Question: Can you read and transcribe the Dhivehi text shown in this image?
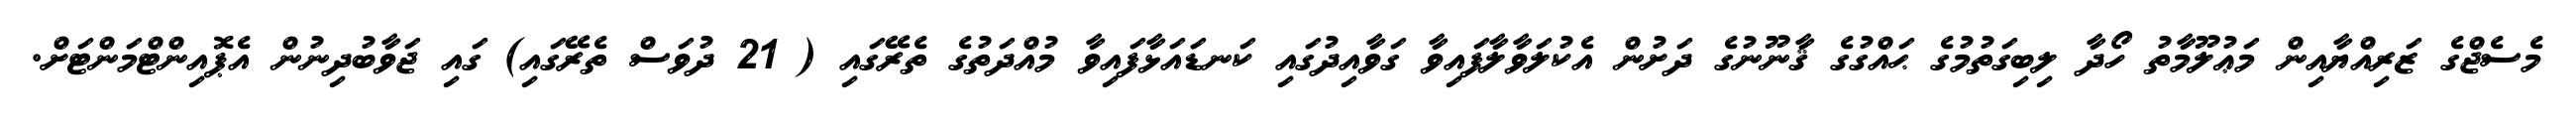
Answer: މެސެޖްގެ ޒަރިއްޔާއިން މަޢުލޫމާތު ހޯދާ ލިބިގަތުމުގެ ޙައްގުގެ ޤާނޫނުގެ ދަށުން އެކުލަވާލާފައިވާ ގަވާއިދުގައި ކަނޑައަޅާފައިވާ މުއްދަތުގެ ތެރޭގައި ( 21 ދުވަސް ތެރޭގައި) ގައި ޖަވާބުދިނުން އެޕޮއިންޓްމަންޓަށް.